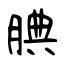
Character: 腆